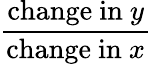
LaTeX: \frac{{\mathrm{change~in~}}y}{{\mathrm{change~in~}}x}